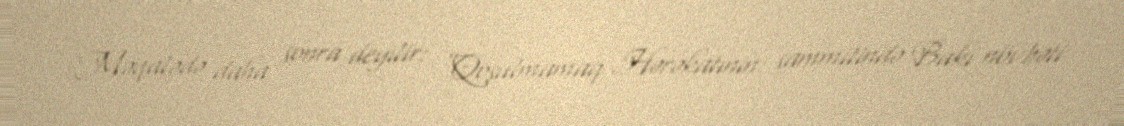
Məqalədə daha sonra deyilir: “Qoşulmamaq Hərəkatının sammitində Bakı növbəti